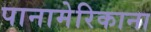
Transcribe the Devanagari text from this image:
पानामेरिकाना